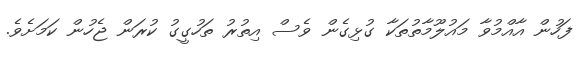
ފަހުން އާއްމުވާ މައުލޫމާތުތަކާ ގުޅިގެން ވެސް އިތުރު ތަހުގީގު ކުރަން ޖެހުން ކަމަށެވެ.